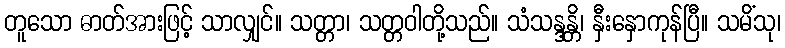
တူသော ဓာတ်အားဖြင့် သာလျှင်။ သတ္တာ၊ သတ္တဝါတို့သည်။ သံသန္ဒန္တိ၊ နှီးနှောကုန်ပြီ။ သမိံသု၊